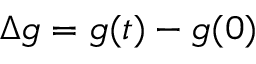
\Delta g = g ( t ) - g ( 0 )